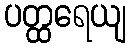
ပတ္ထရေယျ